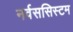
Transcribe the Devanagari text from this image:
नर्वससिस्टम